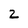
Character: 2